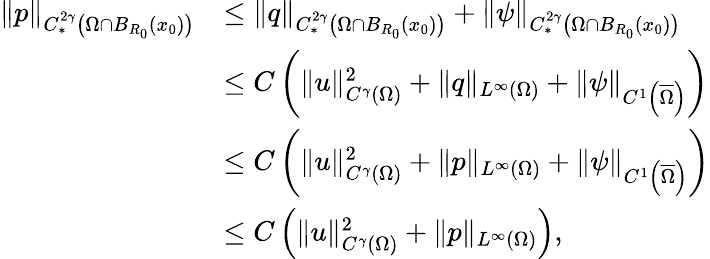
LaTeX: \begin{array}{rl}{\| p\| _{C_{*}^{2\gamma}\left(\Omega\cap B_{R_{0}}(x_{0})\right)}}&{\leq\| q\| _{C_{*}^{2\gamma}\left(\Omega\cap B_{R_{0}}(x_{0})\right)}+\| \psi\| _{C_{*}^{2\gamma}\left(\Omega\cap B_{R_{0}}(x_{0})\right)}}\\ &{\leq C\left(\| u\| _{C^{\gamma}(\Omega)}^{2}+\| q\| _{L^{\infty}(\Omega)}+\| \psi\| _{C^{1}\left(\overline{\Omega}\right)}\right)}\\ &{\leq C\left(\| u\| _{C^{\gamma}(\Omega)}^{2}+\| p\| _{L^{\infty}(\Omega)}+\| \psi\| _{C^{1}\left(\overline{\Omega}\right)}\right)}\\ &{\leq C\left(\| u\| _{C^{\gamma}(\Omega)}^{2}+\| p\| _{L^{\infty}(\Omega)}\right),}\end{array}